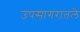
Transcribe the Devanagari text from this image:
उपसागरातले